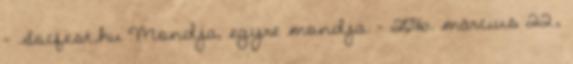
- Socfest.hu Mondja, egyre mondja. - 2016. március 22.,